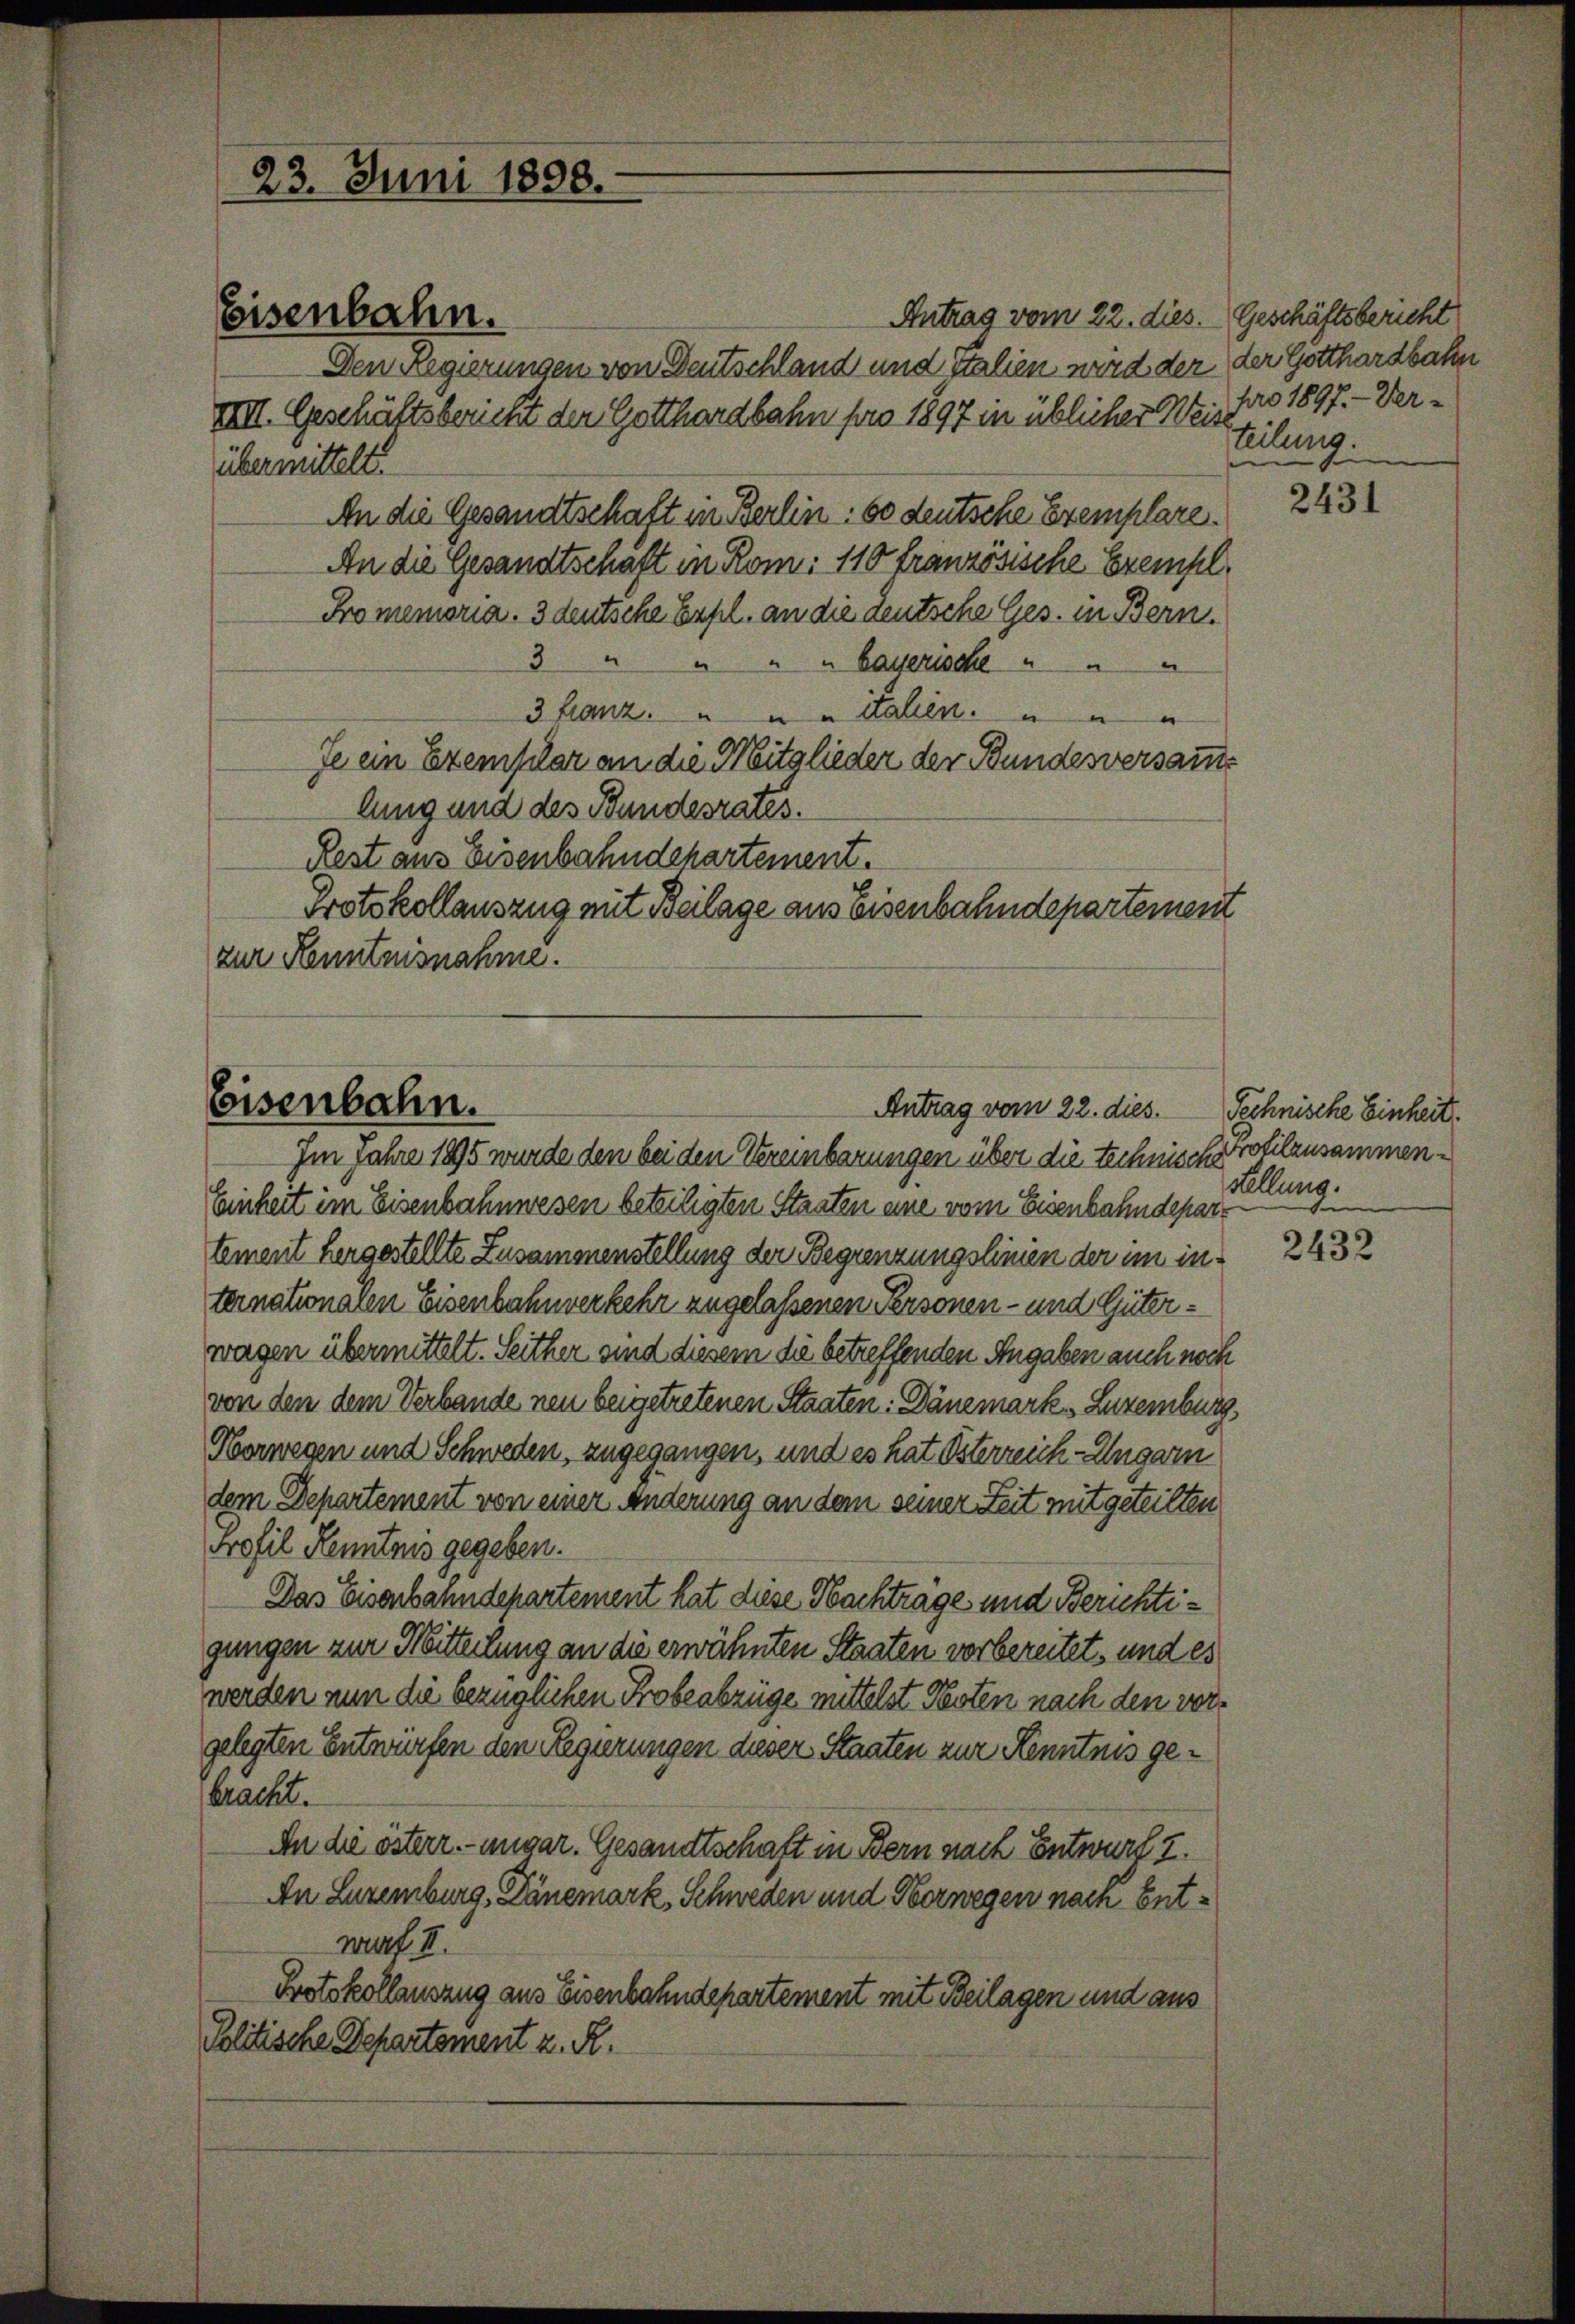
23. Juni 1898.

Eisenbahn.

Antrag vom 22. dies.
Den Regierungen von Deutschland und italien wird der der Gotthardbahn
IIIII. Geschäftsbericht der Gotthardbahn pro 1897 in üblicher Weise
übermittelt.
An die Gesandtschaft in Berlin: so deutsche Exemplare.
An die Gesandtschaft in Rom: 110 französische Exempl¬
Promemoria. 3 deutsche Expl. an die deutsche Ges. in Bern,
3 " " " " Bayerische " " "
3 Franz. " " " Haben. " " "
Je ein Exemplar an die Mitglieder der Bundesversamme
lung und des Bundesrates.
Rest aus Eisenbahndchartement.
Protokollauszug mit Beilage aus Eisenbahndepartement
zur Kenntnisnahme.

Eisenbahn.
Antrag vom 22. dies.

Im Jahre 1895 wurde den bei den Vereinbarungen über die technische
Einheit im Eisenbahnwesen beteiligten Staaten eine vom Eisenbahndepartement hergestellte Zusammenstellung der Begrenzungslinien der im in
ternationalen Eisenbahnverkehr zugelassenen Personen- und Güterwagen übermittelt. Seither sind diesem die betreffenden Angaben auch noch
von den dem Verbande neu beigetretenen Staaten: Dänemark, Luzemburg
Norwegen und Schweden, zugegangen, und es hat Österreich-Ungarn
dem Departement von einer Änderung an dem seiner Zeit mitgeteilten
Profil Kenntnis gegeben.
Das Eisenbahndepartement hat diese Nachträge und Berichtigungen zur Mitteilung an die erwähnten Staaten vorbereitet, und es
werden nun die bezüglichen Probeabzüge mittelst Nesten nach den vorgelegten Entwürfen den Regierungen dieser Staaten zur Kenntnis gebracht.
An die österr.-ungar. Gesandtschaft in Bern nach Entwurf I.
An Luzemburg, Dänemark, Schweden und Oberwegen nach Entwarf. II.
Protokollauszug aus Eisenbahndepartement mit Beilagen und aus
Politische Departement z. R.

Geschäftsbericht
pro 1897. - Ver-
teilung.

2431

Pechnische Einheit.
Profilzusammen.
Fellung.
de

2432